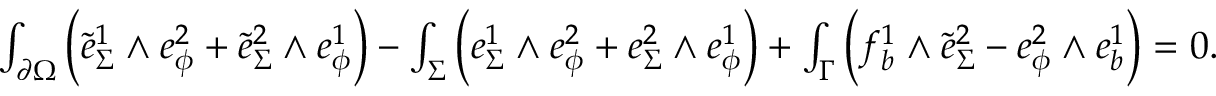
\begin{array} { r } { \int _ { \partial \Omega } \Big ( \tilde { e } _ { \Sigma } ^ { 1 } \wedge e _ { \phi } ^ { 2 } + \tilde { e } _ { \Sigma } ^ { 2 } \wedge e _ { \phi } ^ { 1 } \Big ) - \int _ { \Sigma } \Big ( e _ { \Sigma } ^ { 1 } \wedge e _ { \phi } ^ { 2 } + e _ { \Sigma } ^ { 2 } \wedge e _ { \phi } ^ { 1 } \Big ) + \int _ { \Gamma } \Big ( f _ { b } ^ { 1 } \wedge \tilde { e } _ { \Sigma } ^ { 2 } - e _ { \phi } ^ { 2 } \wedge e _ { b } ^ { 1 } \Big ) = 0 . } \end{array}